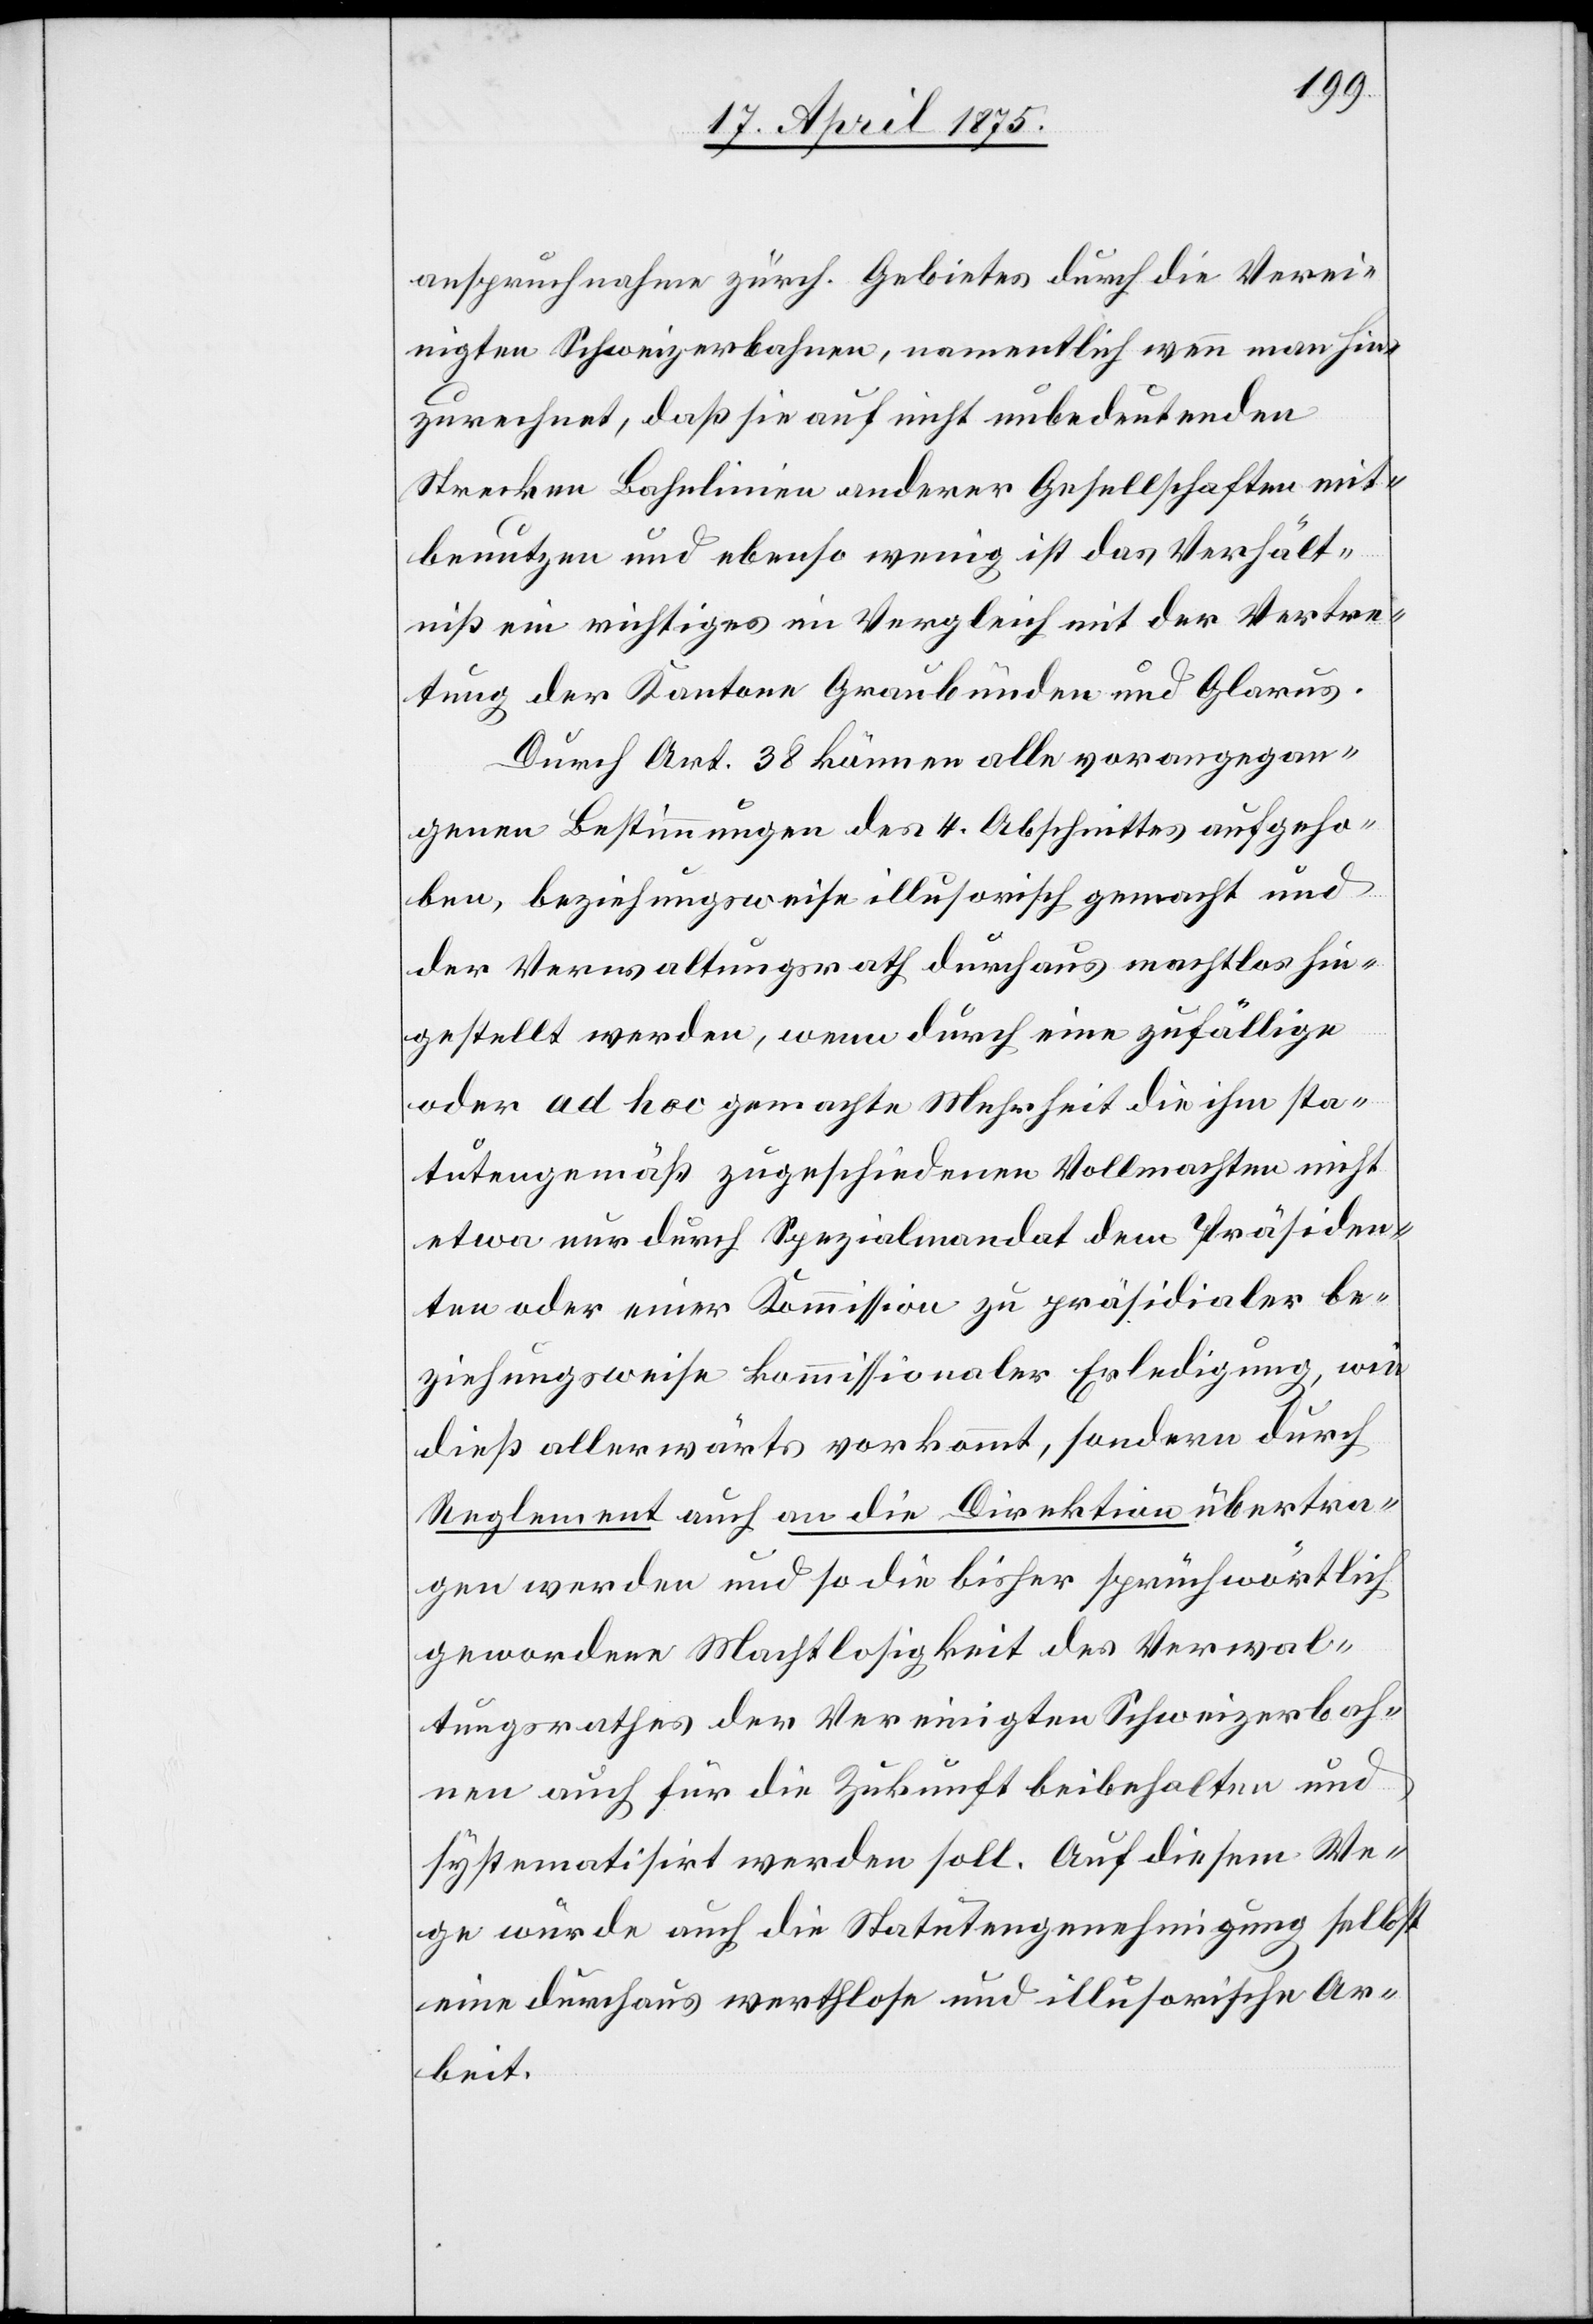
anspruchnahme zürch. Gebietes durch die Verei¬
nigten Schweizerbahnen, namentlich wenn man hin¬
zurechnet, daß sie auf nicht unbedeutenden
Strecken Bahnlinien anderer Gesellschaften mit¬
benutzen und ebenso wenig ist das Verhält¬
niß ein richtiges im Vergleich mit der Vertre¬
tung der Kantone Graubünden und Glarus.
Durch Art. 38 können alle vorangegan¬
genen Bestimmungen des 4. Abschnittes aufgeho¬
ben, beziehungsweise illusorisch gemacht und
der Verwaltungsrath durchaus machtlos hin¬
gestellt werden, wenn durch eine zufällige
oder ad hoc gemachte Mehrheit die ihm sta¬
tutengemäß zugeschiedenen Vollmachten nicht
etwa nur durch Spezialmandat dem Präsiden¬
ten oder einer Kommission zu präsidialer be¬
ziehungsweise kommissionaler Erledigung, wie
dieß allerwärts vorkommt, sondern durch
Reglement auch an die Direktion übertra¬
gen werden und so die bisher sprichwörtlich
gewordene Machtlosigkeit des Verwal¬
tungsrathes der Vereinigten Schweizerbah¬
nen auch für die Zukunft beibehalten und
systematisirt werden soll. Auf diesem We¬
ge würde auch die Statutengenehmigung selbst
eine durchaus werthlose und illusorische Ar¬
beit.